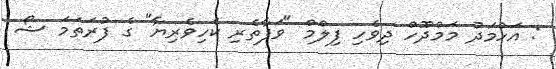
: އަހްމަދު މަމްދޫހް ދިވެހި ފިލްމް "ވަފާތެރި ކެހިވެރިޔާ" ގެ ފުރަތަމަ ޝޯ